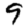
Digit: 9